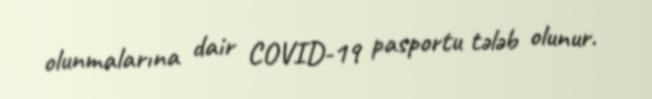
olunmalarına dair COVID-19 pasportu tələb olunur.